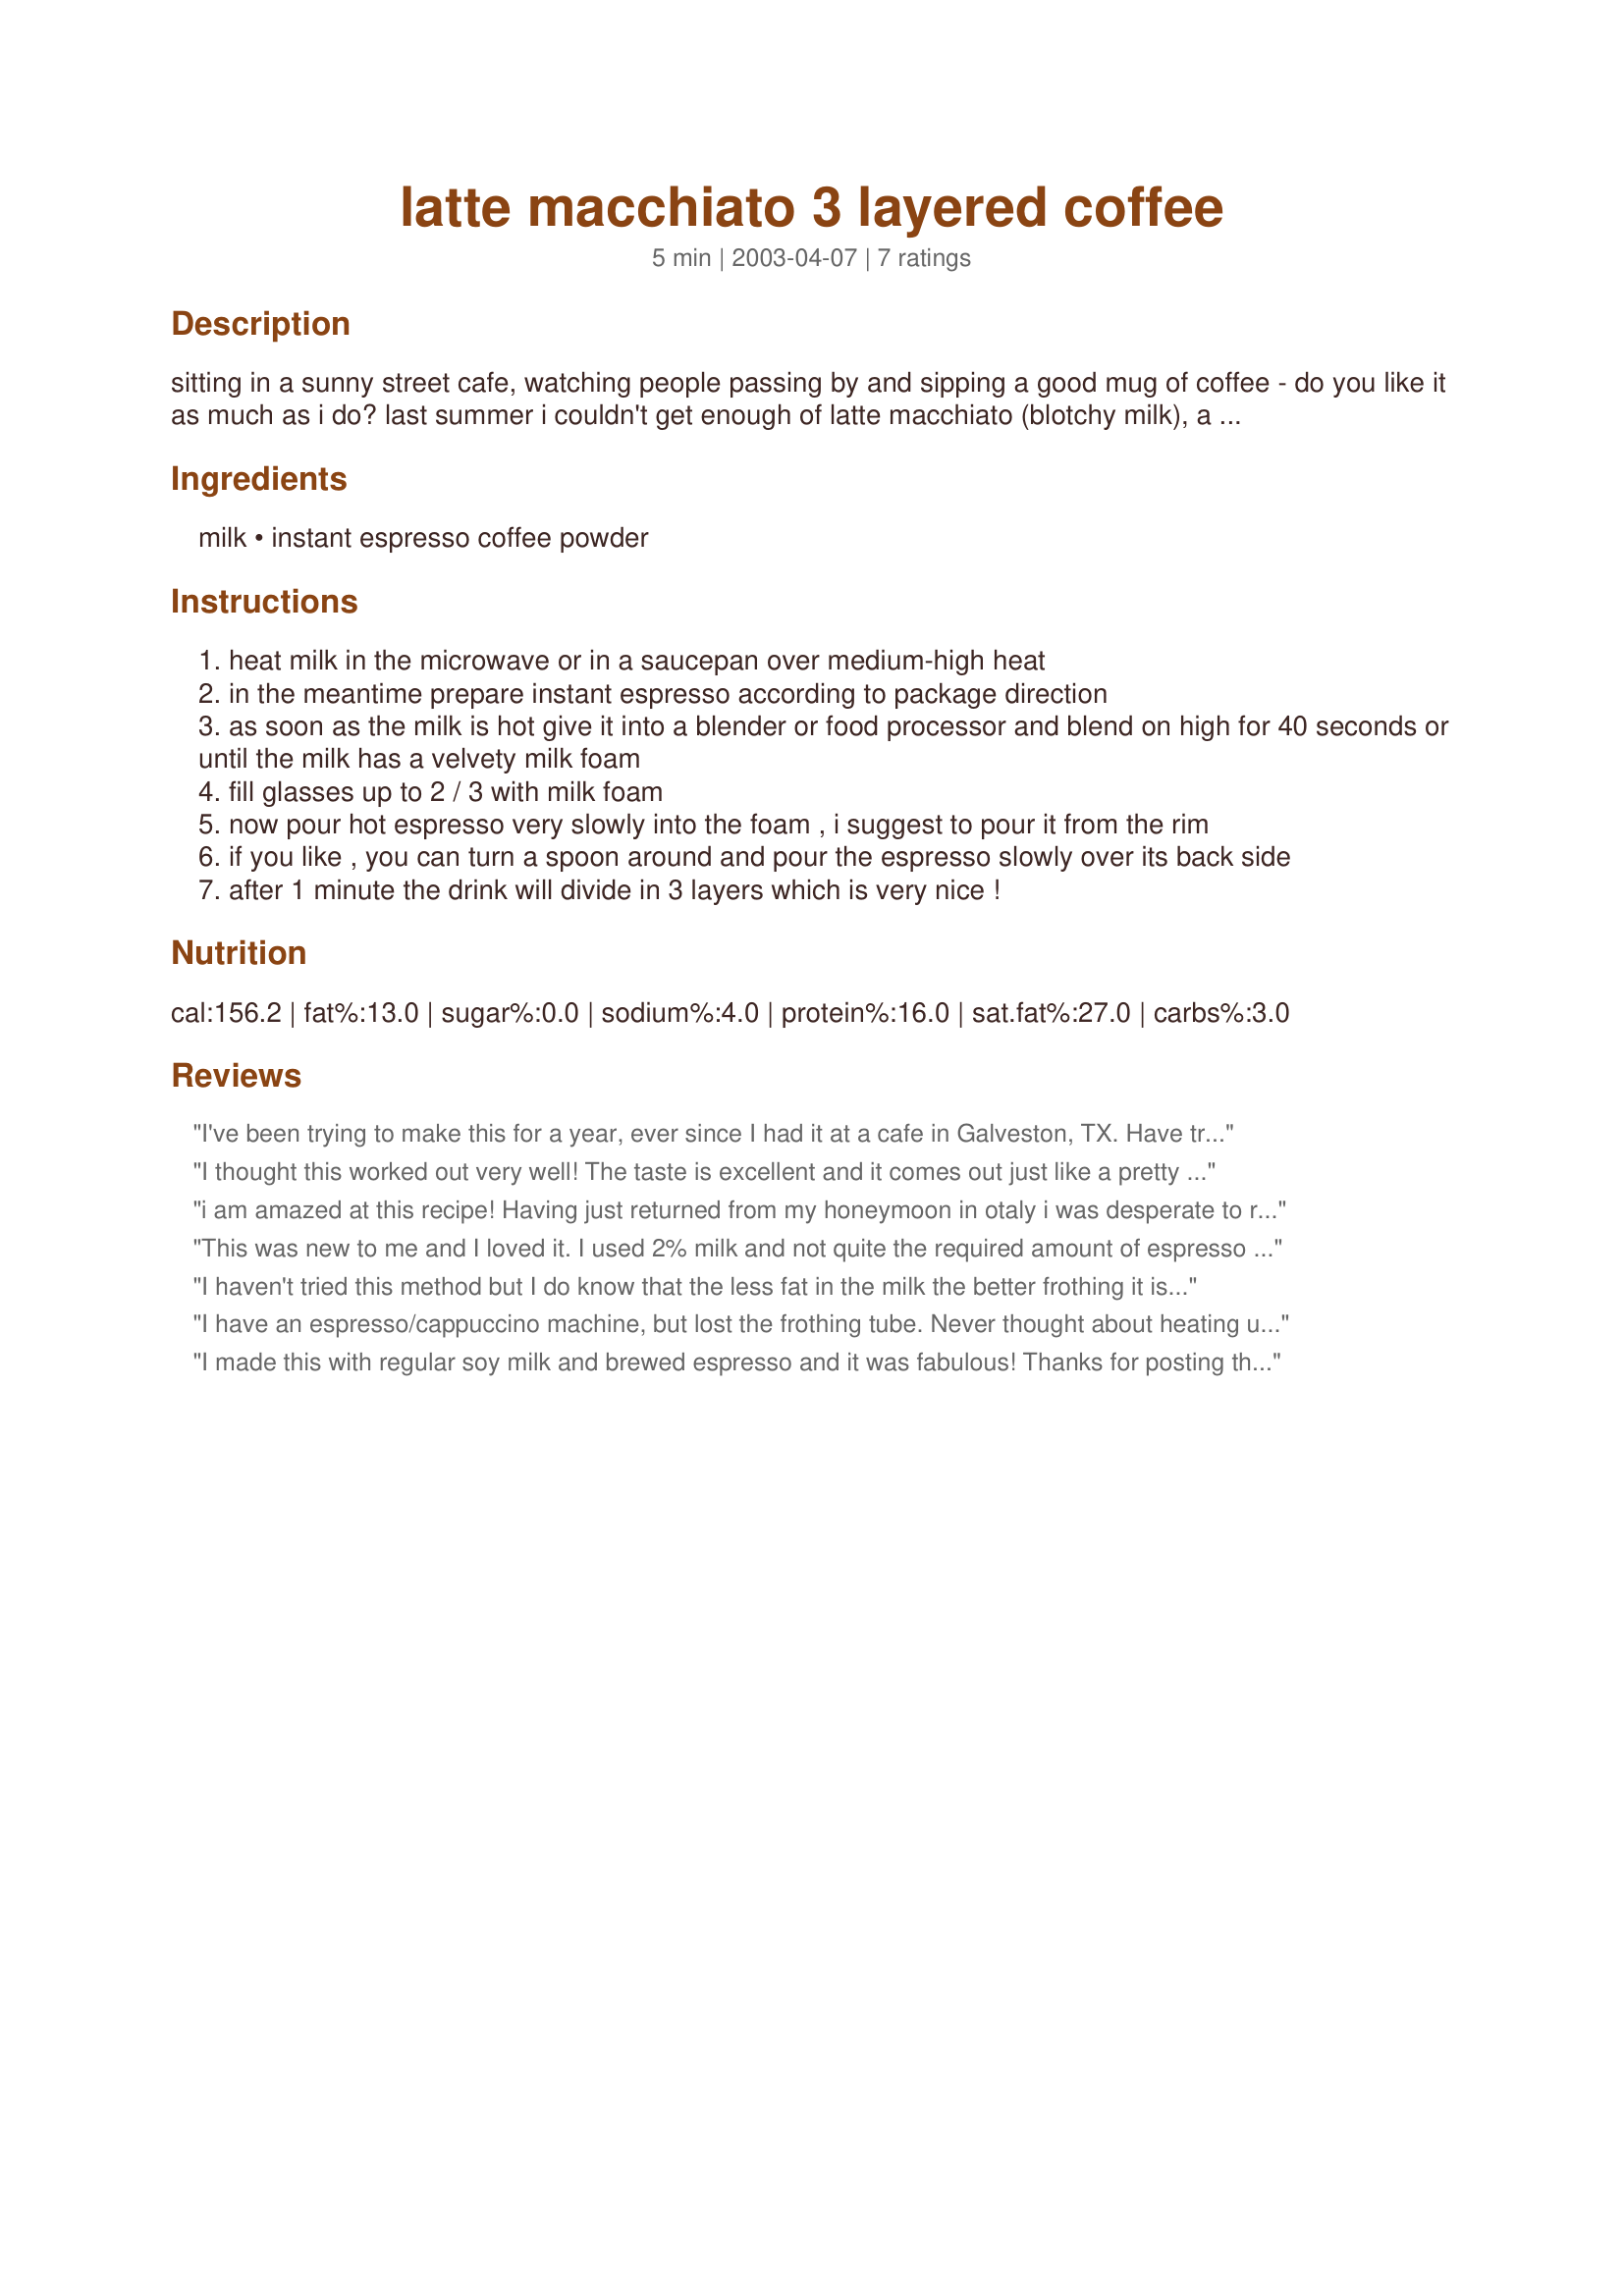
latte macchiato 3 layered coffee
Preparation time: 5 minutes

sitting in a sunny street cafe, watching people passing by and sipping a good mug of coffee - do you like it as much as i do? last summer i couldn't get enough of latte macchiato (blotchy milk), a wonderful milk coffee from italy which is very popular in europe right now. as it is very expensive in the street cafe, i tried to prepare it at home and succeeded. it is no fuss to make if you follow the instructions. most important for the layered look is to pour the espresso slowly into the foamy milk. make sure to use heavy glasses which won't break when filling in the hot liquids. enjoy the summer feeling!

Ingredients:
milk, instant espresso coffee powder

Steps:
heat milk in the microwave or in a saucepan over medium-high heat
in the meantime prepare instant espresso according to package direction
as soon as the milk is hot give it into a blender or food processor and blend on high for 40 seconds or until the milk has a velvety milk foam
fill glasses up to 2 / 3 with milk foam
now pour hot espresso very slowly into the foam , i suggest to pour it from the rim
if you like , you can turn a spoon around and pour the espresso slowly over its back side
after 1 minute the drink will divide in 3 layers which is very nice !

Reviews:
I've been trying to make this for a year, ever since I had it at a cafe in Galveston, TX. Have tried several other methods but it never would layer. This worked great first try! I used 1% milk and a hand frother in an Irish coffe mug. Perfect.
I thought this worked out very well! The taste is excellent and it comes out just like a pretty coffee drink you would get in a European cafe. I used freshly brewed espresso and then proceeded with the rest of the recipe. Also,I didn't notice until after I had already prepared this successfully with skim milk that I was supposed to use whole. I thought it was just wonderful using the skim milk and it frothed up fine using a wand style blender. Thanks for sharing.
i am amazed at this recipe! Having just returned from my honeymoon in otaly i was desperate to re-kindle the experience i had of enjoying the latte machiatto overlooking the glorious views of Lake Garda. This recipe is fantastic. I thought i was going to find it hard to find instant espresso powder, but my local supermarket stoked it! I followed the recipe and was amazed at the results! I even took a photograph!! Thank you so much for helping me to revive my honeymoon memories!
This was new to me and I loved it. I used 2% milk and not quite the required amount of espresso powder (all I had in the pantry). It was delicious and surprisingly sweet for something with no added sugar. Can't wait to make this for my coffee-loving SIL. Thanks, I know I'll be repeating this often.
I haven't tried this method but I do know that the less fat in the milk the better frothing it is. I have a cappucino maker so I will try this using it. I've heard of the Macchiato but I read the Macchiato means mark... because the espresso leaves a mark in the froth. Either way it's attractive when served in a glass.
I have an espresso/cappuccino machine, but lost the frothing tube. Never thought about heating up the milk and then whipping it up in the blender. Now I can enjoy lattes and cappuccino at home again, so thanks for sharing. Also, I added about a tablespoon of simple syrup into the blender with the milk since a like it to be a little sweet.
I made this with regular soy milk and brewed espresso and it was fabulous! Thanks for posting the recipe! Much cheaper than going to the local coffee shop... and better, too.
